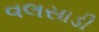
વલસાડી